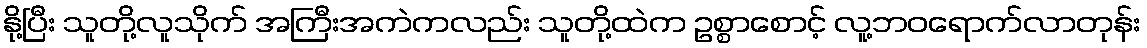
နို့ပြီး သူတို့လူသိုက် အကြီးအကဲကလည်း သူတို့ထဲက ဥစ္စာစောင့် လူ့ဘဝရောက်လာတုန်း